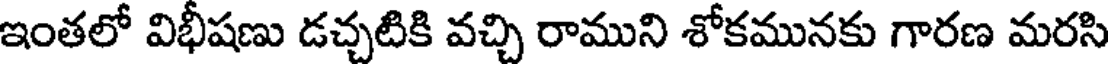
ఇంతలో విభీషణు డచ్చటికి వచ్చి రాముని శోకమునకు గారణ మరసి